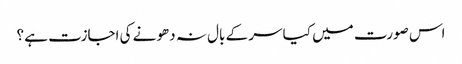
اس صورت میں کیا سر کے بال نہ دھونے کی اجازت ہے ؟